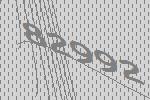
82992